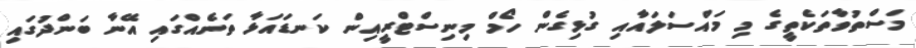
މަސްތުވާތަކެތީގެ މި މައްސަލައާއި ގުޅިގެން ހޯމް މިނިސްޓްރީއިން ކަނޑައަޅާ ތަނެއްގައި އޭނާ ބަންދުގައި